Investigations into the jail dietaries of the United Provinces with some observations on the influence of dietary on the physical development and well-being of the people of the United Provinces - Number 48
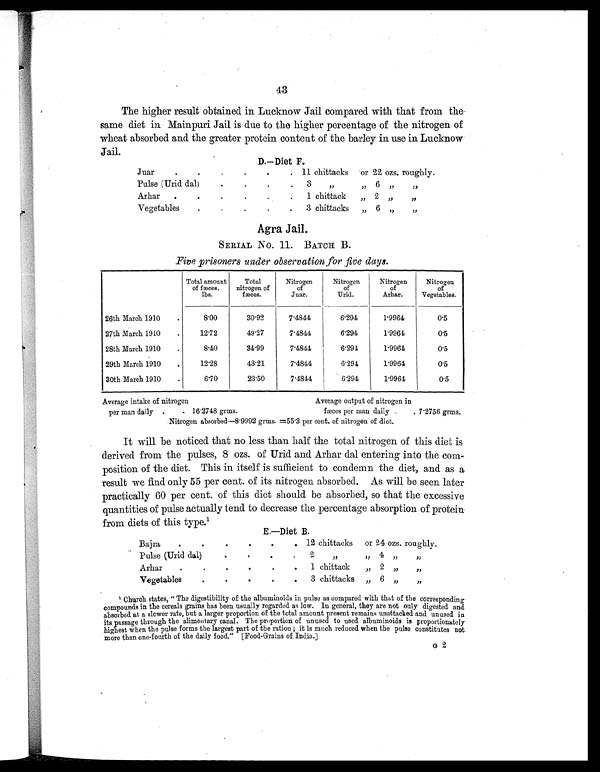
43
The higher result obtained in Lucknow Jail compared with that from the
same diet in Mainpuri Jail is due to the higher percentage of the nitrogen of
wheat absorbed and the greater protein content of the barley in use in Lucknow
Jail.
D.—Diet F.
Juar
.
.
. .
. . 11 chittacks or 22 ozs. roughly.
Pulse (Urid dal)
.
.
.
. 3
„
,, 6 ,,
,,
Arhar .
.
.
.
.
. 1 chittack „ 2 „
„
Vegetables
.
.
.
.
. 3 chittacks „ 6 „
„
Agra Jail.
SERIAL No. 11. BATCH B.
Five prisoners under observation for five days.
Total amount
of fæces,
lbs.
Total
nitrogen of
fæces.
Nitrogen
of
Juar.
Nitrogen
of
Urid.
Nitrogen
of
Arhar.
Nitrogen
of
Vegetables.
26th March 1910
.
8.00
30.92
7.4844
6.294
1.9964
0.5
27th March 1910
.
12.72
49.27
7.4844
6.294
1.9964
0.5
28th March 1910
.
8.40
34.99
7.4844
6.294
1.9964
0.5
29th March 1910
.
12.28
43.21
7.4844
6.294
1.9964
0.5
30th March 1910
.
6.70
23.50
7.4844
6.294
1.9964
0.5
Average intake of nitrogen
Average output of nitrogen in
per man daily .
. 16.2748 grms.
fæces per man daily .
. 7.2756 grms.
Nitrogen absorbed—8.9992 grms. =55.3 per cent. of nitrogen of diet.
It will be noticed that no less than half the total nitrogen of this diet is
derived from the pulses, 8 ozs. of Urid and Arhar dal entering into the com-
position of the diet. This in itself is sufficient to condemn the diet, and as a
result we find only 55 per cent. of its nitrogen absorbed. As will be seen later
practically 60 per cent. of this diet should be absorbed, so that the excessive
quantities of pulse actually tend to decrease the percentage absorption of protein
from diets of this type.1
E.—Diet B.
Bajra
.
.
.
.
.
. 12 chittacks or 24 ozs. roughly.
Pulse (Urid dal)
.
.
.
. 2 ,,
, , 4 „
„
Arhar
.
.
.
.
.
. 1 chittack
„ 2 „
„
Vegetables
.
. .
.
. 3 chittacks „ 6
„
„
1 Church states, "The digestibility of the albuminoids in pulse as compared with that of the corresponding
compounds in the cereals grains has been usually regarded as low. In general, they are not only digested and
absorbed at a slower rate, but a larger proportion of the total amount present remains unattacked and unused in
its passage through the alimentary canal. The proportion of unused to used albuminoids is proportionately
highest when the pulse forms the largest part of the ration; it is much reduced when the pulse constitutes not
more than one-fourth of the daily food." [Food-Grains of India.]
G 2